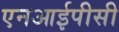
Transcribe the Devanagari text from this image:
एनआईपीसी